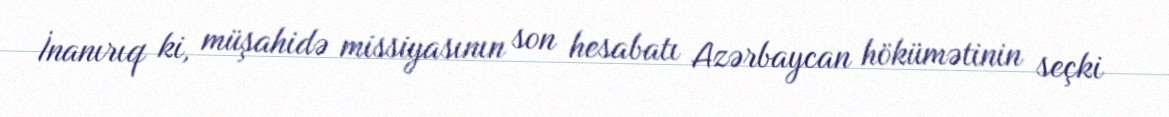
İnanırıq ki, müşahidə missiyasının son hesabatı Azərbaycan hökümətinin seçki